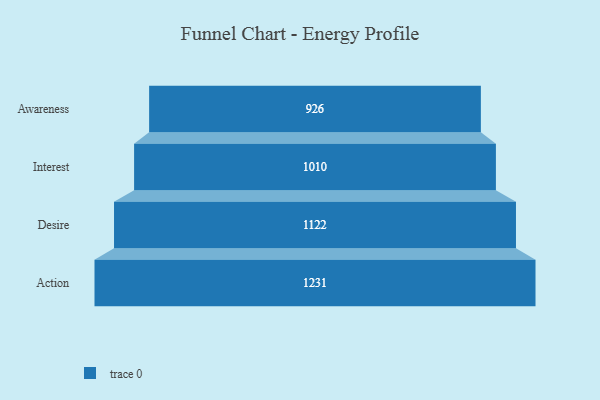
{"axis": {"x": "Stage", "y": "Value"}, "legend": [""], "data": [{"x": "Awareness", "y": 926.0, "type": ""}, {"x": "Interest", "y": 1010.0, "type": ""}, {"x": "Desire", "y": 1122.0, "type": ""}, {"x": "Action", "y": 1231.0, "type": ""}]}